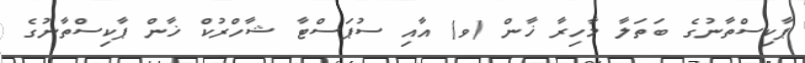
ޕާކިސްތާނުގެ ބަތަލާ މާހިރާ ޚާން (ވ) އާއި ސުޕަސްޓާ ޝާހްރުކް ޚާން ޕާކިސްތާނުގެ